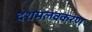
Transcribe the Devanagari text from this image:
दशमलवकरण